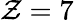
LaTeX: \mathcal{Z}=7